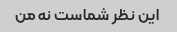
این نظر شماست نه من